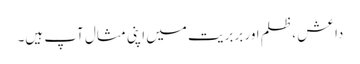
داعش ، ظلم اور بربریت میں اپنی مثال آپ ہیں۔